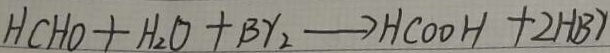
H C H O + H _ { 2 } O + B r _ { 2 } \rightarrow H C O O H + 2 H B r